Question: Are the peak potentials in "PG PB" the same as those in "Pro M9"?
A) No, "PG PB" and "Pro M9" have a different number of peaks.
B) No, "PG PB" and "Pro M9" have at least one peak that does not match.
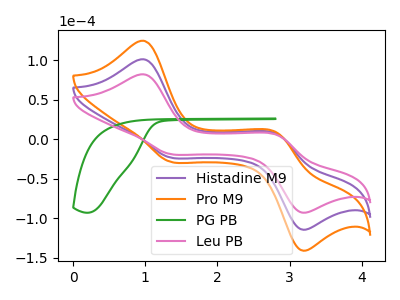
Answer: <think>The purple curve "Histadine M9" has anodic peaks at (1.00V, 101.35uA) (2.80V, 6.75uA) and cathodic peaks at (1.35V, -22.70uA) (3.15V, -113.80uA). The orange curve "Pro M9" has anodic peaks at (1.00V, 202.70uA) (2.80V, 13.50uA) and cathodic peaks at (1.35V, -45.35uA) (3.15V, -227.60uA). The green curve "PG PB" has no peaks. The pink curve "Leu PB" has anodic peaks at (1.00V, 82.30uA) (2.80V, 5.50uA) and cathodic peaks at (1.35V, -18.40uA) (3.15V, -92.40uA).</think>
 <answer>A) No, "PG PB" and "Pro M9" have a different number of peaks.</answer>
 <eval>A</eval>